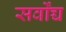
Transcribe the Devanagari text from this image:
सर्वोंच्च